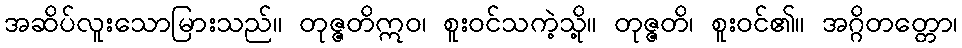
အဆိပ်လူးသောမြားသည်။ တုဇ္ဇတိဣဝ၊ စူးဝင်သကဲ့သို့။ တုဇ္ဇတိ၊ စူးဝင်၏။ အဂ္ဂိတတ္တော၊